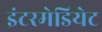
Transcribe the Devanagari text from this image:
इंटरमेडियेट